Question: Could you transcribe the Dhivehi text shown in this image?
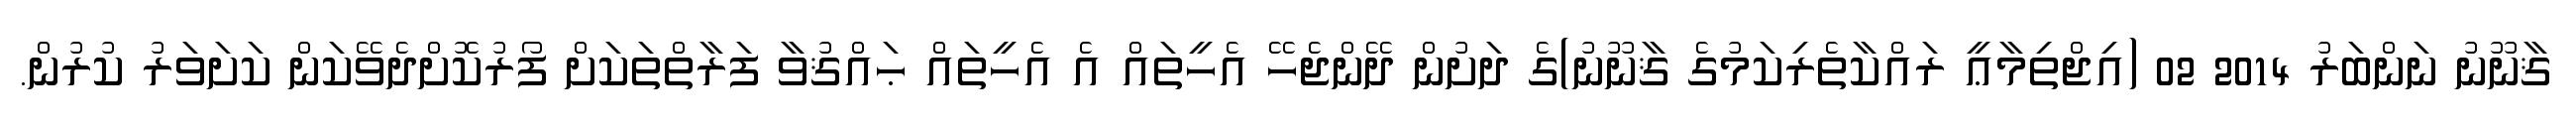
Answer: ޤާނޫނު ނަންބަރު 2014 02 (އިޖްތިމާޢީ ރައްކާތެރިކަމުގެ ޤާނޫނު)ގެ ދަށުން ދޭންޖެހޭ އެހީތައް އެ އެހީތައް ޙައްޤުވާ ފަރާތްތަކަށް ފޯރުކޮށްދެވޭކަން ކަށަވަރު ކުރުން.